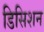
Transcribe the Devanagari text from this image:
डिसिशन